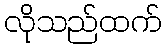
လိုသည်ထက်